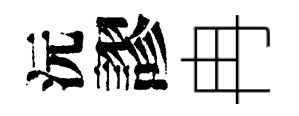
沅謬冉